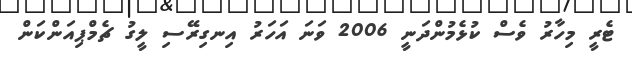
ޓެރީ މިހާރު ވެސް ކުޅެމުންދަނީ 2006 ވަނަ އަހަރު އިނގިރޭސި ލީގު ޗެމްޕިއަންކަން